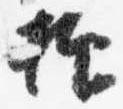
抑